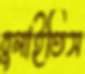
বুলাইতিস